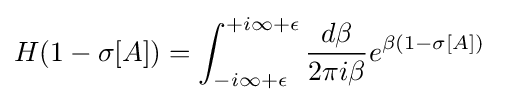
H(1-\sigma [A])=\int _{-i\infty +\epsilon }^{+i\infty +\epsilon }{\frac {d\beta }{2\pi i\beta }}e^{\beta (1-\sigma [A])}\;